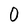
Character: 0